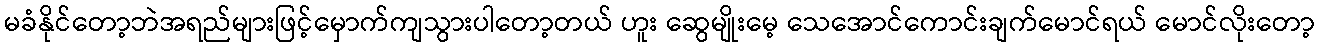
မခံနိုင်တော့ဘဲအရည်များဖြင့်မှောက်ကျသွားပါတော့တယ် ဟူး ဆွေမျိုးမေ့ သေအောင်ကောင်းချက်မောင်ရယ် မောင်လိုးတော့